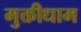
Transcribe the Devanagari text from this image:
मुक्तीधाम